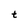
Character: t